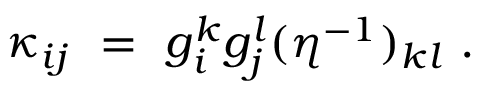
\kappa _ { i j } ~ = ~ g _ { i } ^ { k } g _ { j } ^ { l } ( \eta ^ { - 1 } ) _ { k l } ~ .